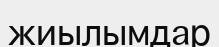
жиылымдар